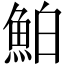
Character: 鮊